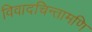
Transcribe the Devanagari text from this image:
विवादचिन्तामणि